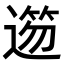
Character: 𨖃